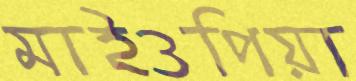
মাইওপিয়া